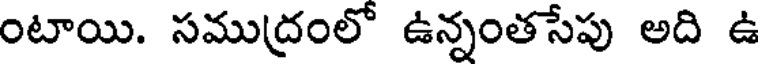
టాయి. సముద్రంలో ఉన్నంతసేపు అది ఉ